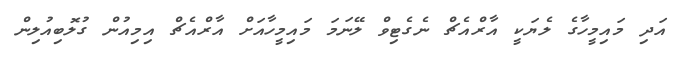
އަދި މައިމީހާގެ ލެޔަކީ އާރްއެޗް ނެގެޓިވް ލޭނަމަ މައިމީހާއަށް އާރްއެޗް އިމިއުން ގުލޮބިއުލިން